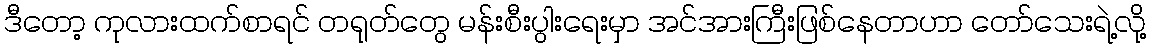
ဒီတော့ ကုလားထက်စာရင် တရုတ်တွေ မန်းစီးပွါးရေးမှာ အင်အားကြီးဖြစ်နေတာဟာ တော်သေးရဲ့လို့